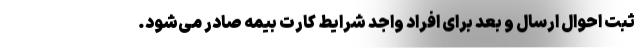
ثبت احوال ارسال و بعد برای افراد واجد شرایط کارت بیمه صادر می‌شود.